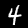
Digit: 4